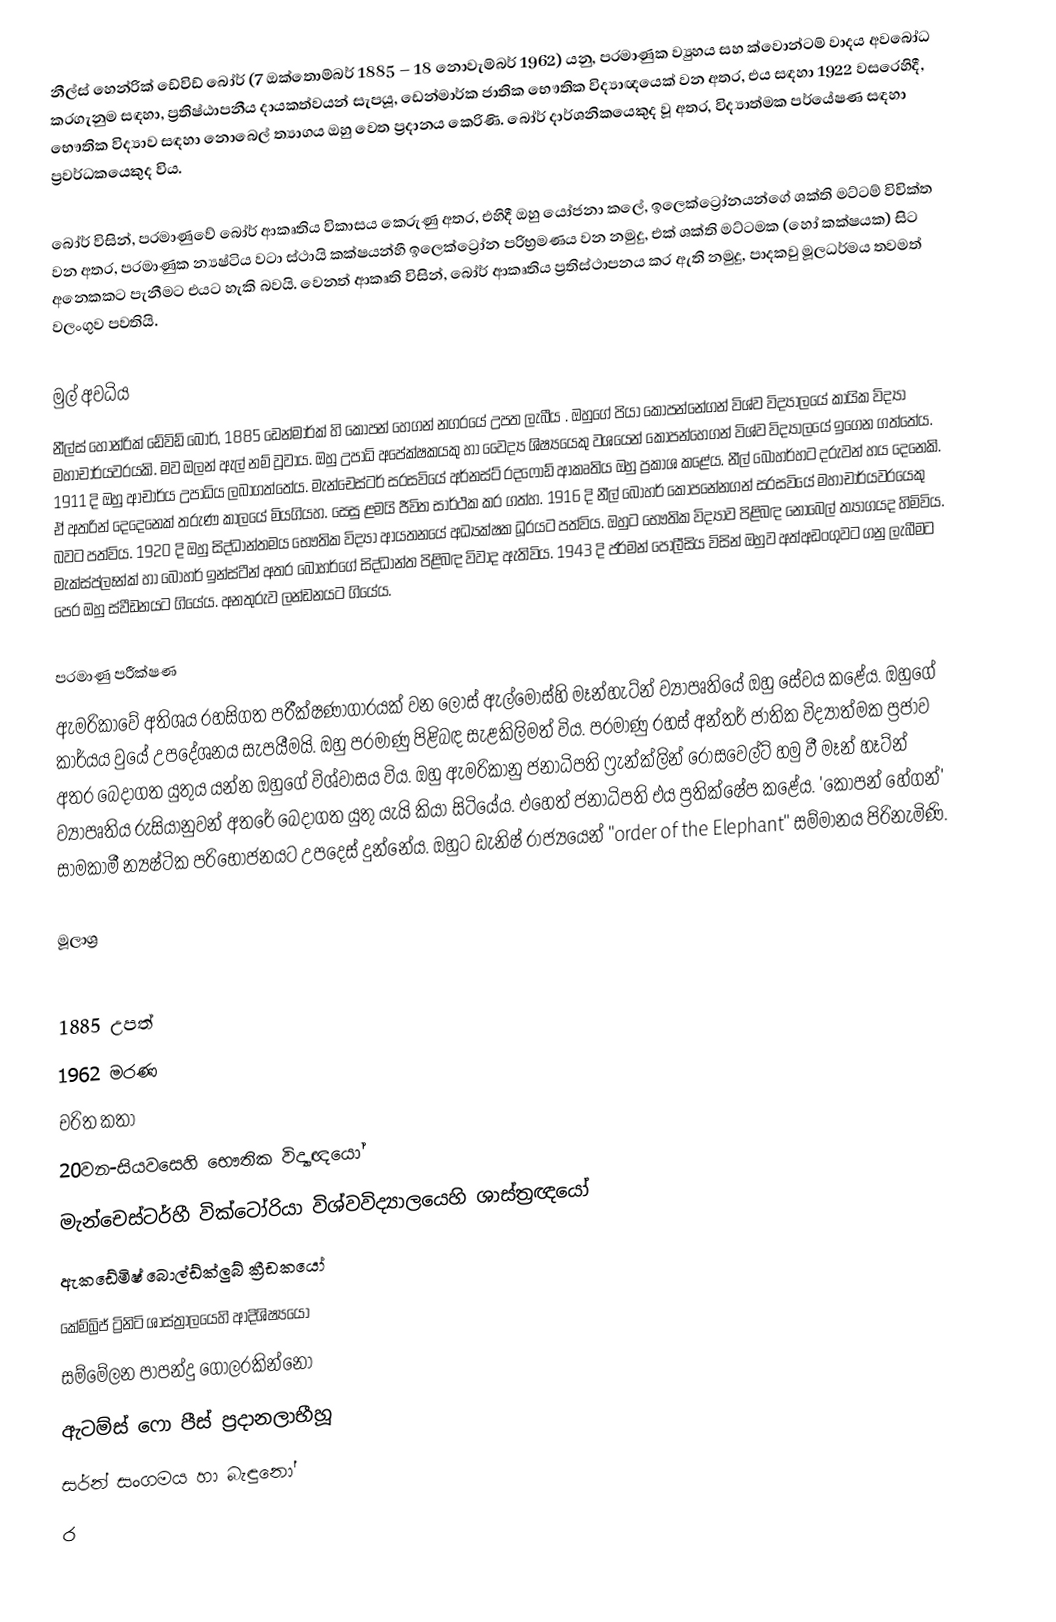
නීල්ස් හෙන්රික් ඩේවිඩ් බෝර් (7 ඔක්තොම්බර් 1885 – 18 නොවැම්බර් 1962) යනු,  පරමාණුක ව්‍යුහය සහ ක්වොන්ටම් වාදය අවබෝධ කරගැනුම සඳහා, ප්‍රතිෂ්ඨාපනීය දායකත්වයන් සැපයූ, ඩෙන්මාර්ක ජාතික භෞතික විද්‍යාඥයෙක් වන අතර, එය සඳහා 1922 වසරෙහිදී, භෞතික විද්‍යාව සඳහා නොබෙල් ත්‍යාගය ඔහු වෙත ප්‍රදානය කෙරිණි. බෝර් දාර්ශනිකයෙකුද වූ අතර, විද්‍යාත්මක පර්යේෂණ සඳහා ප්‍රවර්ධකයෙකුද විය.

බෝර් විසින්, පරමාණුවේ බෝර් ආකෘතිය විකාසය කෙරුණු අතර, එහිදී ඔහු යෝජනා කලේ, ඉලෙක්ට්‍රෝනයන්ගේ ශක්ති මට්ටම් විවික්ත වන අතර, පරමාණුක න්‍යෂ්ටිය වටා ස්ථායි කක්ෂයන්හී ඉලෙක්ට්‍රෝන පරිභ්‍රමණය වන නමුදු, එක් ශක්ති මට්ටමක (හෝ කක්ෂයක) සිට අනෙකකට පැනීමට එයට හැකි බවයි. වෙනත් ආකෘති විසින්, බෝර් ආකෘතිය ප්‍රතිස්ථාපනය කර ඇති නමුදු, පාදකවු මූලධර්මය තවමත් වලංගුව පවතියි.

මුල් අවධිය
නීල්ස් හොන්රික් ඩේවිඩ් ‍‍බෝර්,  1885 ඩෙන්‍මාර්ක් හි කෝපන් හෙගන් නගරයේ උපත ලැබීය . ඔහුගේ පියා කොපන්නේගන් විශ්ව විද්‍යාලයේ කායික විද්‍යා මහාචාර්යවරයකි. මව ඔලන් ඇල් නම් වූවාය. ඔහු උපාධි ‍අ‍පේක්ෂකයකු හා වෛද්‍ය ශිෂ්‍යයෙකු වශයෙන් කොපන්හෙගන් විශ්ව විද්‍යාලයේ ඉගෙන ගත්තේය. 1911 දි ඔහු ආචාර්ය උපාධිය ලබාගත්තේය. මැන්චෙස්ටර් සරසවියේ අර්නස්ට් රදෆොඩ් ආකෘතිය ඔහු ප්‍රකාශ කළේය. නීල් බෝහර්හට දරුවන් හය දෙනෙකි. ඒ අතරින් දෙදෙනෙක් තරුණ කාලයේ මියගියහ. සෙසු ළමයි ජීවිත සාර්ථක කර ගත්හ. 1916 දි නීල් බෝහර් කොපනේනගන් සරසවියේ මහාචාර්යවරයෙකු බවට පත්විය. 1920 දි ඔහු සිද්ධාන්තමය භෞතික විද්‍යා ආයතනයේ අධ්‍යක්ෂක ධූරයට පත්විය. ඔහුට භෞතික විද්‍යාව පිළිබඳ නොබෙල් ත්‍යාගයද හිමිවිය. මැක්ස්ප්ලෑන්ක් හා බො‍හර් ඉන්ස්ටීන් අතර ‍බෝහර්ගේ සිද්ධාන්ත පිළිබඳ විවාද ඇතිවිය. 1943 දි ජර්මන් පොලීසිය විසින් ඔහුව අත්අඩංගුවට ගනු ලැබීමට පෙර ඔහු ස්වීඩනයට ගියේය. අනතුරුව ලන්ඩනයට ගියේය.

පරමාණු පරීක්ෂණ
ඇමරිකාවේ අතිශය රහසිගත පරීක්ෂණාගාරයක් වන ‍ලොස් ඇල්මෝස්හි මෑන්හැට්න් ව්‍යාපෘතියේ ඔහු සේවය කළේය. ඔහුගේ කාර්යය වුයේ උපදේශනය සැපයීමයි. ඔහු පරමාණු පිළිබඳ සැළකිලිමත් විය. පරමාණු රහස් අන්තර් ජාතික විද්‍යාත්මක ප්‍රජාව අතර බෙදාගත යුතුය යන්න ඔහුගේ විශ්වාසය විය. ඔහු ඇමරිකානු ජනාධිපති ෆ්‍රැන්ක්ලින් රෝසවෙල්ට් හමු වී මෑන් හෑට්න් ව්‍යාපෘතිය රුසියානුවන් අතරේ බෙදාගත යුතු යැයි කියා සිටියේය. එහෙත් ජනාධිපති එය ප්‍රතික්ෂේප කළේය. 'කෝපන් හේගන්' සාමකාමී න්‍යෂ්ටික පරිභෝජනයට උපදෙස් දුන්නේය. ඔහුට ඩැනිෂ් රාජ්‍යයෙන් "order of the Elephant" සම්මානය පිරිනැමිණි.

මූලාශ්‍ර

1885 උපත්
1962 මරණ
චරිත කතා
20වන-සියවසෙහි භෞතික විද්‍යාඥයෝ
මැන්චෙස්ටර්හී වික්ටෝරියා විශ්වවිද්‍යාලයෙහි ශාස්ත්‍රඥයෝ
ඇකඩේමිෂ් බොල්ඩ්ක්ලුබ් ක්‍රීඩකයෝ
කේම්බ්‍රිජ් ට්‍රිනිටි ශාස්ත්‍රාලයෙහි ආදිශිෂ්‍යයෝ
සම්මේලන පාපන්දු ගෝලරකින්නෝ
ඇටම්ස් ෆො පීස් ප්‍රදානලාභීහූ
 සර්න් සංගමය හා බැඳුනෝ
 ර